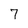
Character: 7